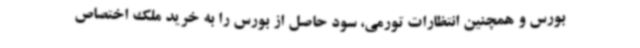
بورس و همچنین انتظارات تورمی، سود حاصل از بورس را به خرید ملک اختصاص